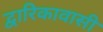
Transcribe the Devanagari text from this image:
द्वारिकावासी